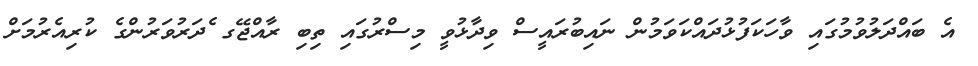
އެ ބައްދަލުވުމުގައި ވާހަކަފުޅުދައްކަވަމުން ނައިބުރައީސް ވިދާޅުވީ މިސްރުގައި ތިބި ރާއްޖޭގ ެދަރުވަރުންގެ ކުރިއެރުމަށް